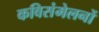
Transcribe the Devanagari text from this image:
कविसंमेलनों